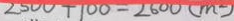
2 5 0 0 + 1 0 0 = 2 6 0 0 ( m ^ { 2 } )